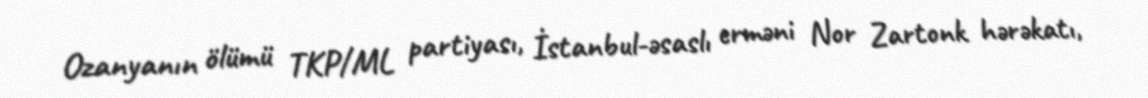
Ozanyanın ölümü TKP/ML partiyası, İstanbul-əsaslı erməni Nor Zartonk hərəkatı,